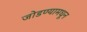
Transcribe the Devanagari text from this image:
जोडण्यामधून